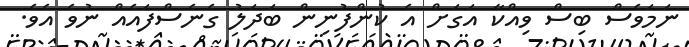
ނަމަވެސް ބިސް ވިއްކާ އަގަށް އެ ކުންފުނިން ބަދަލު ގެނެސްފައެއް ނުވެ އެވެ.